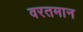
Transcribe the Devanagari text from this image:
वरतमान